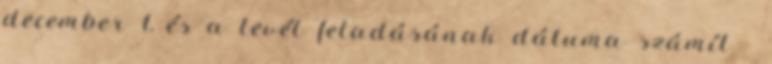
december 1, és a levél feladásának dátuma számít -